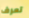
تعرف